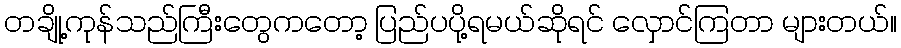
တချို့ကုန်သည်ကြီးတွေကတော့ ပြည်ပပို့ရမယ်ဆိုရင် လှောင်ကြတာ များတယ်။